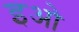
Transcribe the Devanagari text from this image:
इओ